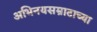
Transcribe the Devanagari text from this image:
अभिनयसम्राटाच्या